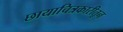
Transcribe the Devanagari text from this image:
छायाचित्रकारीतून